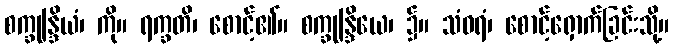
စက္ခုန္ဒြိယံ၊ ကို။ ရက္ခတိ၊ စောင့်၏။ စက္ခုန္ဒြိယေ၊ ၌။ သံဝရံ၊ စောင့်ရှောက်ခြင်းသို့။